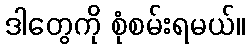
ဒါတွေကို စုံစမ်းရမယ်။